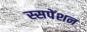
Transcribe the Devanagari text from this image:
स्सपेंशन